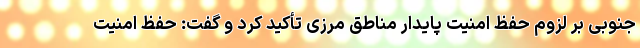
جنوبی بر لزوم حفظ امنیت پایدار مناطق مرزی تأکید کرد و گفت: حفظ امنیت